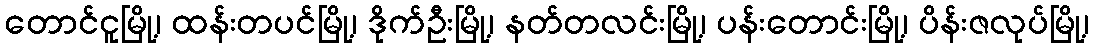
တောင်ငူမြို့၊ ထန်းတပင်မြို့၊ ဒိုက်ဦးမြို့၊ နတ်တလင်းမြို့၊ ပန်းတောင်းမြို့၊ ပိန်းဇလုပ်မြို့၊